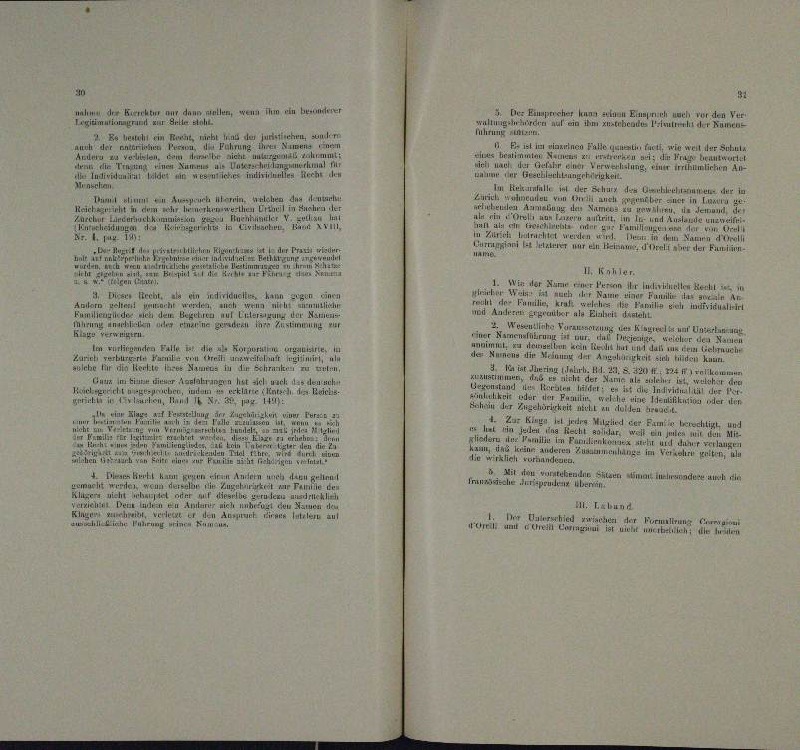
90
Aer
nahme der Kircher nur dann wollen, wenn ihm ein besonderer
 eben eine
er Falle einhe
.
gieimurium
führung au
Jurechen, und er
Es liess
n Kurt nicht nach
E ist in einzelnen
n
anct der
rnz Nie
 et, wie weil der Schul

e

n
.
n

ehlgangehörigkeit
Indivistung

t
Erknall in der Schurs des Verkennen der le
aenden ver
in
 Auch in welchen Aus den
ch
n
weder herwerthen Ertheil in de

e
u
u

de uner
e

.

Trappiant le letzter nur ein Testammer, dienti aber der Bunden
Michen Kienhans t
.
n
un
a
II. Kohler.

a
1.
und
 nr
von der Ludoviellen der
ie
u

de Seele, da es

1er die Besten de

                                   den belangsweil in einer er vierten und
vor

n

Juris
annden Fall u
IL 1
e

nuch
n
Iin Schrank
sulebe für die Rente der Namens
e
u
i
einen
u
 Im Einer Firner Salar
n
n hat e
vel den nehm

e
Reach
 Karls

 .

n
a

ie mit in den
 Einten ist jedes Mitglied der Fam

u
schli
n

 mit de
e
un
.

s
r.
n
Mit den verand an der
Hertl kann ernen einen Andern nach dan
Französische Ansprudern
uin un
un d
die Behandert werden eine eine
n
ruten ausdrückte
.
11. Labund
u

remie und eine
Forme